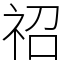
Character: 祒